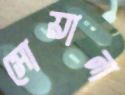
সোয়ানা